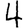
Digit: 4